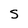
Character: S